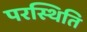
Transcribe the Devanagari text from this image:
परस्थिति